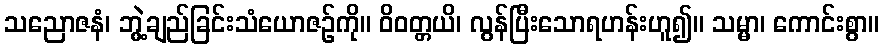
သညောဇနံ၊ ဘွဲ့ချည်ခြင်းသံယောဇဉ်ကို။ ဝိဝတ္တယိ၊ လွန်ပြီးသောရဟန်းဟူ၍။ သမ္မာ၊ ကောင်းစွာ။